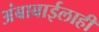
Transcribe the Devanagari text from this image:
अंबाबाईलाही